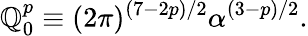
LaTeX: \mathbb{Q}_{0}^{p}\equiv(2\pi)^{(7-2p)/2}\alpha^{(3-p)/2}.